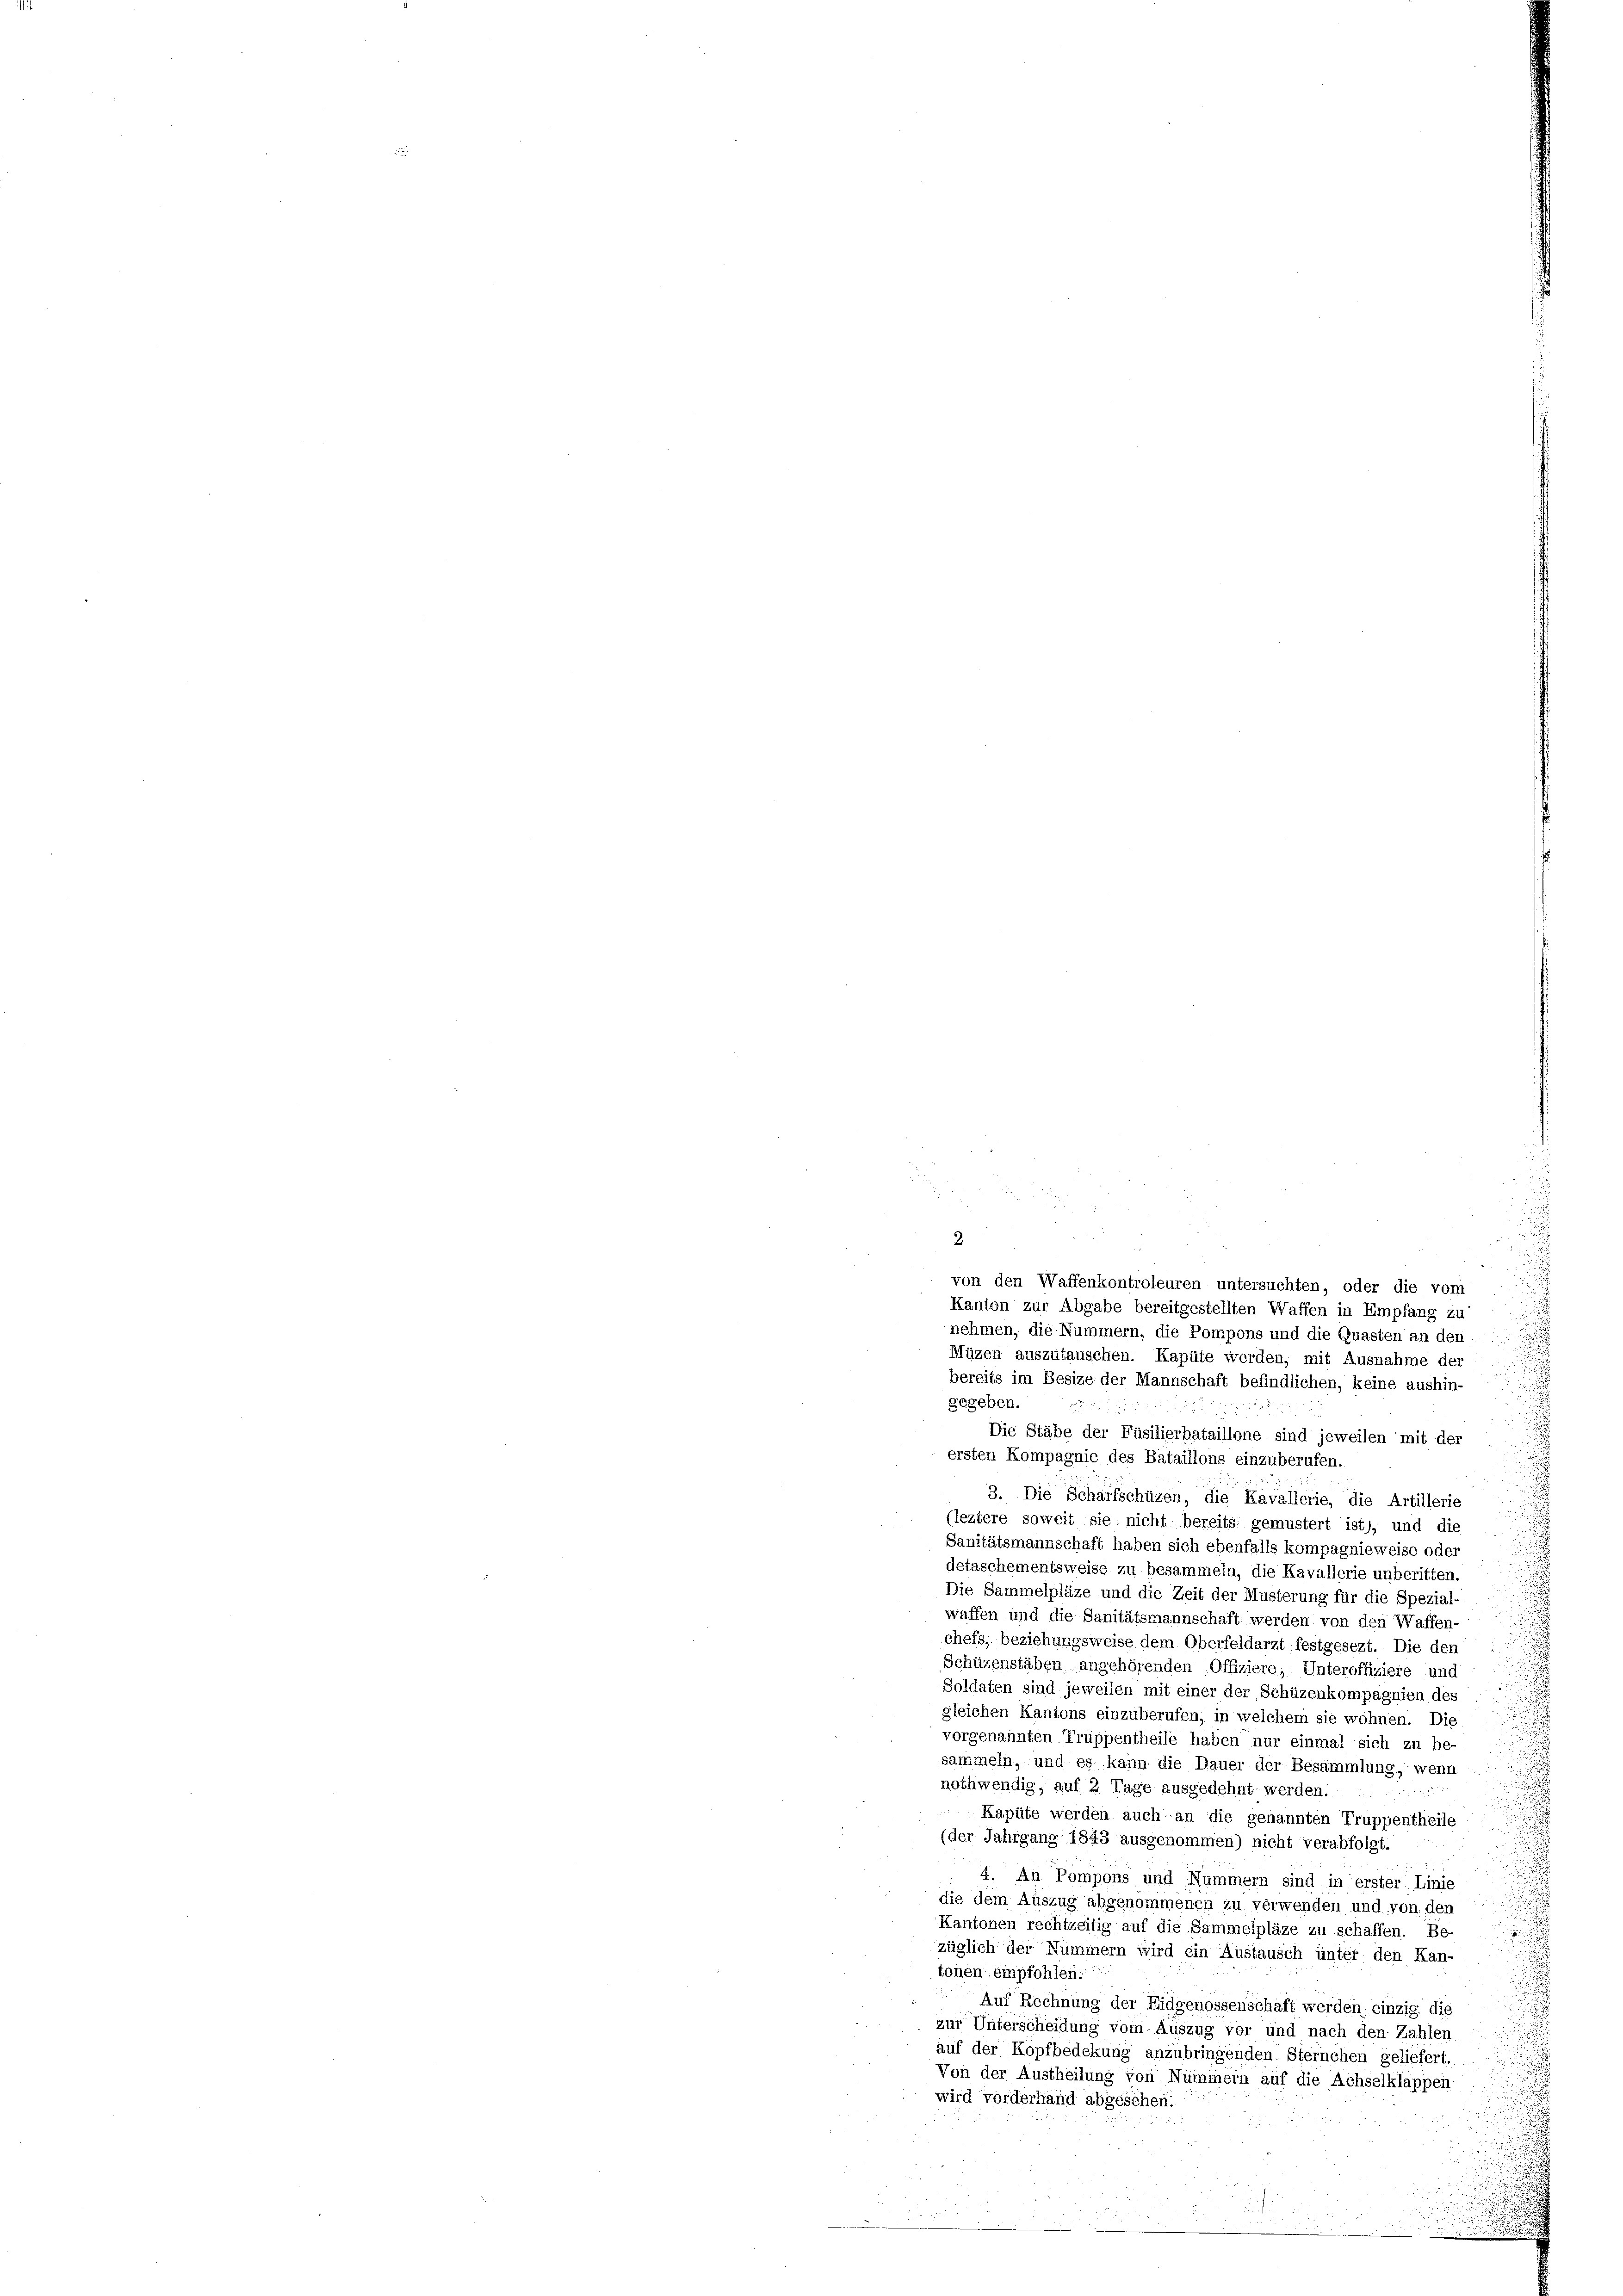
2.
von den Waffenkontroleuren untersuchten, oder die vom
Kanton zur Abgabe bereitgestellten Waffen in Empfang zu
nehmen, die Nummern, die Pompons und die Quasten an den
Müzen auszutauschen. Kapüte werden, mit Ausnahme der
bereits im Besize der Mannschaft befindlichen, keine aushin-
gegeben.
Die Stäbe der Füsilierbataillone sind jeweilen mit der
ersten Kompagnie des Bataillons einzuberufen.
3. Die Schärfschüzen, die Kavallerie, die Artillerie
(leztere soweit sie nicht bereits gemustert ist), und die
Sanitätsmannschaft haben sich ebenfalls kompagnieweise oder
detaschementsweise zu besammeln, die Kavallerie unberitten.
Die Sammelpläze und die Zeit der Musterung für die Spezial-
waffen und die Sanitätsmannschaft werden von den Waffen-
chefs, beziehungsweise dem Oberfeldarzt festgesezt. Die den
Schüzenstäben angehörenden Offiziere; Unteroffiziere und
Soldaten sind jeweilen mit einer der Schüzenkompagnien des
gleichen Kantons einzuberufen, in welchem sie wohnen. Die
vorgenannten Truppentheile haben nur einmal sich zu be-
sammeln, und es kann die Dauer der Besammlung, wenn
nothwendig, auf 2 Tage ausgedehnt werden.
Kapüte werden auch an die genannten Truppentheile
(der Jahrgang 1843 ausgenommen) nicht verabfolgt.
4. An Pompons und Nummern sind in erster Linie
die dem Auszug abgenommenen zu verwenden und von den
Kantonen rechtzeitig auf die Sammelpläze zu schaffen. Be-
züglich der Nümmern wird ein Austausch unter den Kan-
tonen empfohlen.
Auf Rechnung der Eidgenossenschaft werden, einzig die
zur Unterscheidung vom Auszug vor und nach den Zahlen
auf der Kopfbedekung anzubringenden Sternchen geliefert.
Von der Austheilung von Nummern auf die Achselklappen-
wird vorderhand abgesehen.